Indian journal of veterinary science and animal husbandry - Volumes 24-25, 1954-1955
Year: 1954
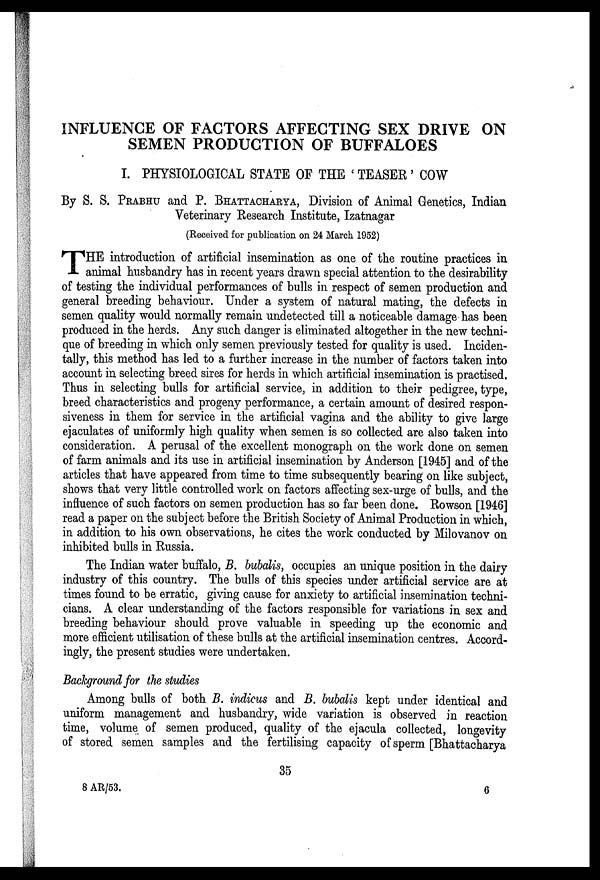
INFLUENCE OF FACTORS AFFECTING SEX DRIVE ON
SEMEN PRODUCTION OF BUFFALOES
I. PHYSIOLOGICAL STATE OF THE 'TEASER' COW
By S. S. PRABHU and P. BHATTACHARYA, Division of Animal Genetics, Indian
Veterinary Research Institute, Izatnagar
(Received for publication on 24 March 1952)
T HE introduction of artificial insemination as one of the routine practices in
animal husbandry has in recent years drawn special attention to the desirability
of testing the individual performances of bulls in respect of semen production and
general breeding behaviour. Under a system of natural mating, the defects in
semen quality would normally remain undetected till a noticeable damage has been
produced in the herds. Any such danger is eliminated altogether in the new techni-
que of breeding in which only semen previously tested for quality is used. Inciden-
tally, this method has led to a further increase in the number of factors taken into
account in selecting breed sires for herds in which artificial insemination is practised.
Thus in selecting bulls for artificial service, in addition to their pedigree, type,
breed characteristics and progeny performance, a certain amount of desired respon-
siveness in them for service in the artificial vagina and the ability to give large
ejaculates of uniformly high quality when semen is so collected are also taken into
consideration. A perusal of the excellent monograph on the work done on semen
of farm animals and its use in artificial insemination by Anderson [1945] and of the
articles that have appeared from time to time subsequently bearing on like subject,
shows that very little controlled work on factors affecting sex-urge of bulls, and the
influence of such factors on semen production has so far been done. Rowson [1946]
read a paper on the subject before the British Society of Animal Production in which,
in addition to his own observations, he cites the work conducted by Milovanov on
inhibited bulls in Russia.
The Indian water buffalo, B. bubalis, occupies an unique position in the dairy
industry of this country. The bulls of this species under artificial service are at
times found to be erratic, giving cause for anxiety to artificial insemination techni-
cians. A clear understanding of the factors responsible for variations in sex and
breeding behaviour should prove valuable in speeding up the economic and
more efficient utilisation of these bulls at the artificial insemination centres. Accord-
ingly, the present studies were undertaken.
Background for the studies
Among bulls of both B. indicus and B. bubalis kept under identical and
uniform management and husbandry, wide variation is observed in reaction
time, volume of semen produced, quality of the ejacula collected, longevity
of stored semen samples and the fertilising capacity of sperm [Bhattacharya
35
8 AR/53.
6